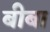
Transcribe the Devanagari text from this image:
बीबा